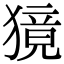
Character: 獍